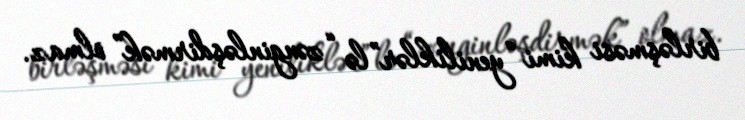
birləşməsi kimi “yeniliklər”lə “zənginləşdirmək” olmaz.